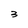
Character: 3